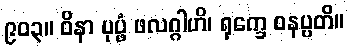
၉၀၃။ ဝိနာ ပုပ္ဖံ ဖလဂ္ဂါဟိ၊ ရုက္ခေ ဝနပ္ပတိ။